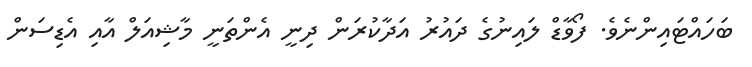
ބަހައްޓައިންނެވެ. ފޯވާޑް ލައިނުގެ ދައުރު އަދާކުރަން ދިނީ އެންތަނީ މާޝިއަލް އާއި އެޑިސަން